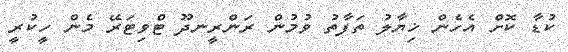
ކުޑާ ކޮށް އެހެން ޚިޔާލު ތަފާތު ވުމުން ރަންރީނދޫ ޓްވިޓަރޭ މެން ހީކުރީ